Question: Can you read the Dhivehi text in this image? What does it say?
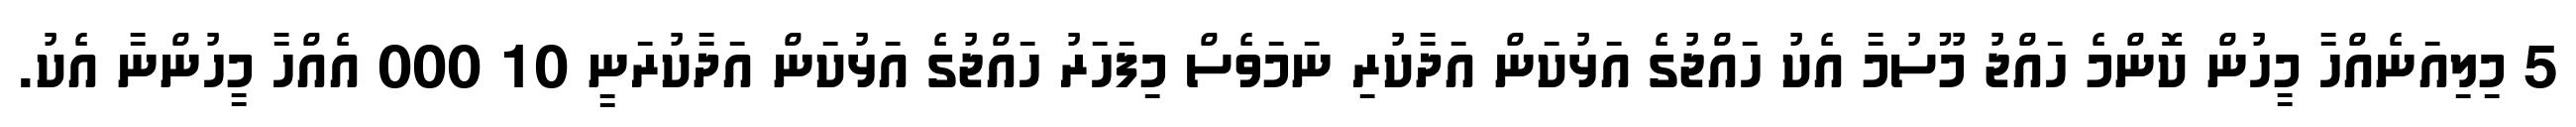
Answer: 5 މިލިއަނެއްހާ މީހުން ކޮންމެ ހައްޖު މޫސުމާ އެކު ހައްޖުގެ އަޅުކަން އަދާކުރި ނަމަވެސް މިފަހަރު ހައްޖުގެ އަޅުކަން އަދާކުރަނީ 10 000 އެއްހާ މީހުންނާ އެކު.